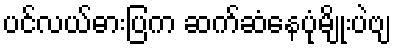
ပင်လယ်ဓားပြက ဆက်ဆံနေပုံမျိုးပဲဗျ